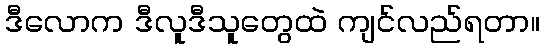
ဒီလောက ဒီလူဒီသူတွေထဲ ကျင်လည်ရတာ။